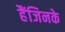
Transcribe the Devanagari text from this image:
हैंजिनके